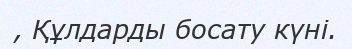
, Құлдарды босату күні.